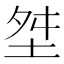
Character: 㘶